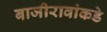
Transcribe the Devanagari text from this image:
बाजीरावांकडे